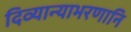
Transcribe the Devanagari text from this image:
दिव्यान्याभरणानि